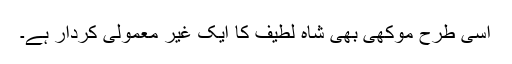
اسی طرح موکھی بھی شاہ لطیف کا ایک غیر معمولی کردار ہے۔